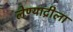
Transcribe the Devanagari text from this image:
लेण्याद्रीला